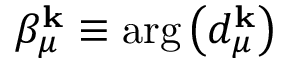
\beta _ { \mu } ^ { \mathbf { k } } \equiv \arg \left( d _ { \mu } ^ { \mathbf { k } } \right)